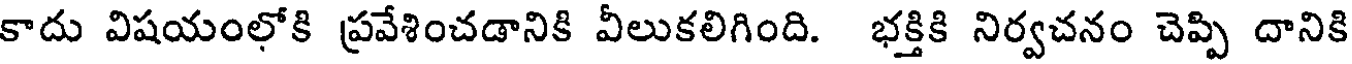
కాదు విషయంలోకి ప్రవేశించడానికి వీలుకలిగింది. భక్తికి నిర్వచనం చెప్పి దానికి